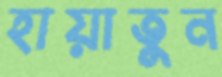
হায়াতুন